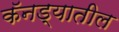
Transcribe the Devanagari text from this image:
कॅनड्यातील